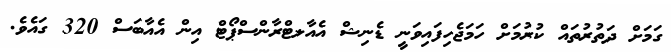
ގަމަށް ދަތުރުތައް ކުރުމަށް ހަމަޖެހިފައިވަނީ ޑެނިޝް އެއާލޓްރާންސްޕޯޓް އިން އެއާބަސް 320 ގައެވެ.